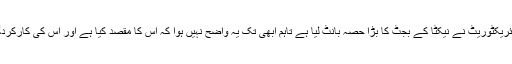
اگر چہ اس جوائنٹ ڈائریکٹوریٹ نے نیکٹا کے بجٹ کا بڑا حصہ بانٹ لیا ہے تاہم ابھی تک یہ واضح نہیں ہوا کہ اس کا مقصد کیا ہے اور اس کی کارکردگی کی جانچ کیا ہے ۔